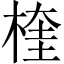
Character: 楏